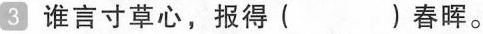
3 谁言寸草心，报得( )春晖。